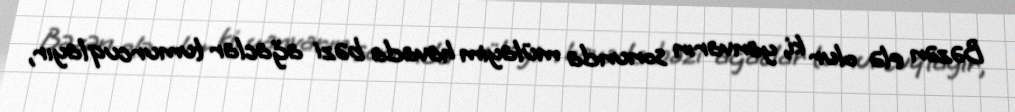
Bəzən elə olur ki, yanvarın sonunda mülayim havada bəzi ağaclar tumurcuqlayır,